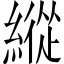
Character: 縱